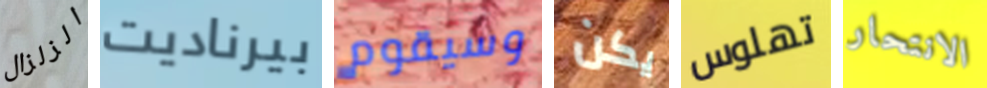
الزلزال بيرناديت وسيقوم يكن تهلوس الانتحار